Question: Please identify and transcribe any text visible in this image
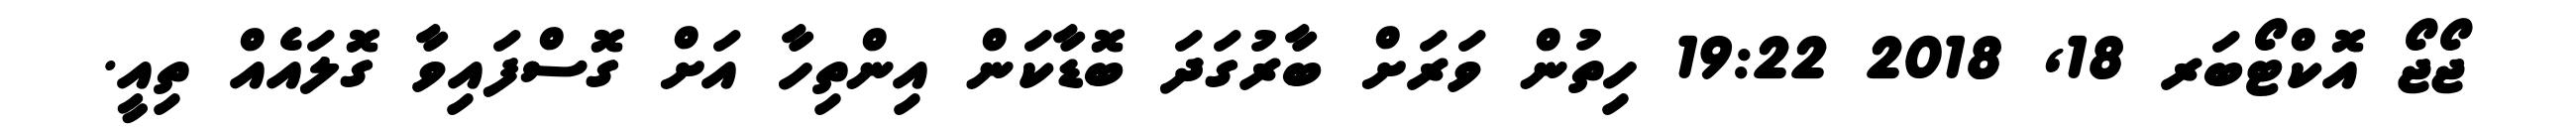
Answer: ޖޯޖޯ އޮކްޓޯބަރ 18, 2018 19:22 ހިތުން ވަރަށް ބާރުގަދަ ބޮޑާކަން އިންތިހާ އަށް ގޮސްފައިވާ ގޮލައެއް ތިއީ.